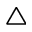
\bigtriangleup